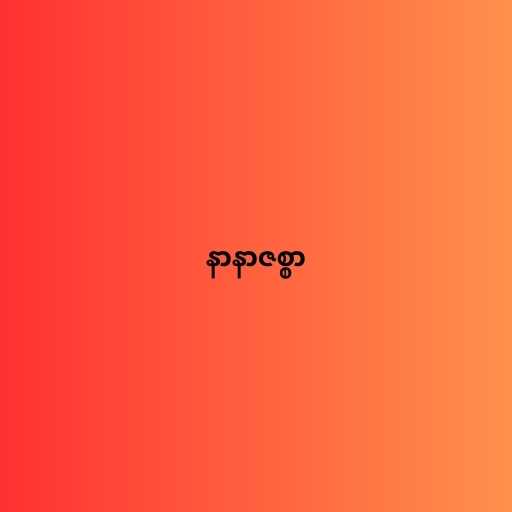
နာနာဇစ္စာ